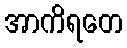
အာကိရတေ